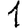
Digit: 1